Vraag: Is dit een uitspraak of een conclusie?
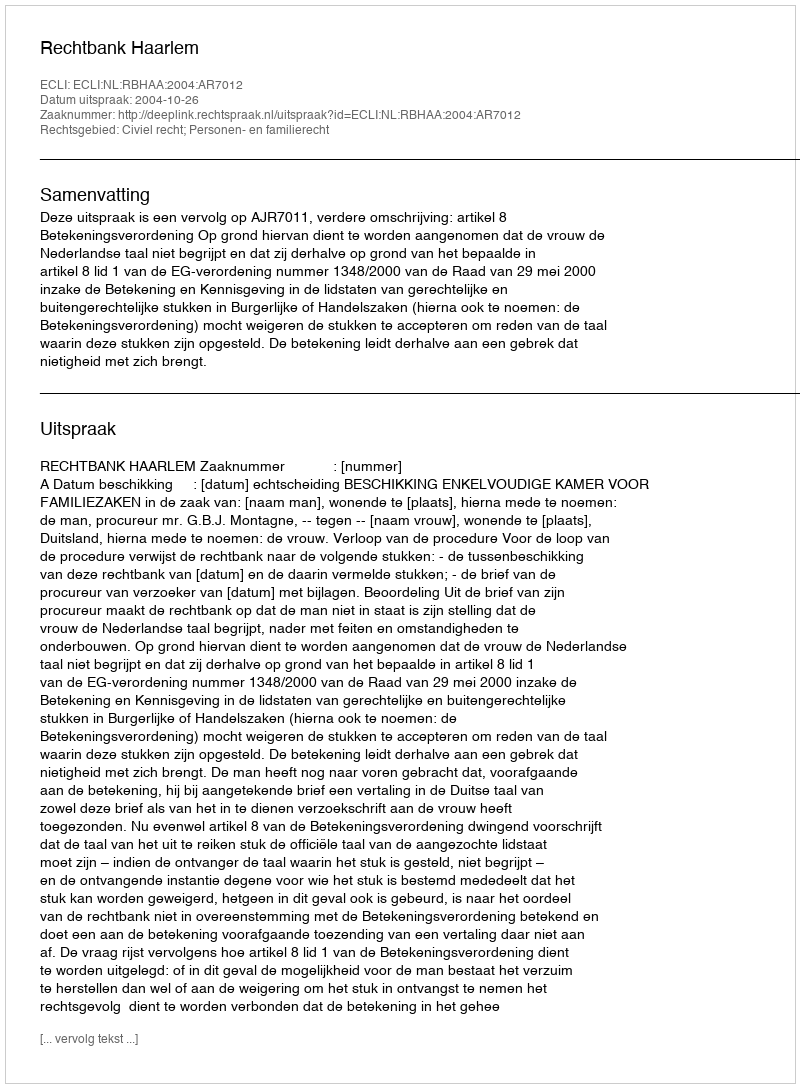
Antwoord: Uitspraak